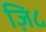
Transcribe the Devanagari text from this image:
ज़ि८